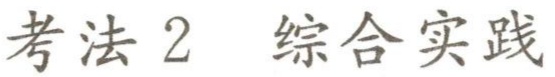
考法 2  综合实践